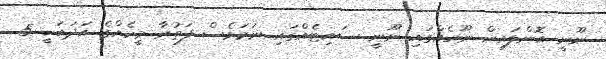
ނޫނީ އޮންލައިން ނޫހެއްގައި ނޫނީ ސައިޓެއްގައި ނަމަވެސް ފަތުރާ މީހެއްގެ އަދަބަކީ 5